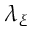
\lambda _ { \xi }